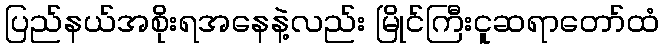
ပြည်နယ်အစိုးရအနေနဲ့လည်း မြိုင်ကြီးငူဆရာတော်ထံ